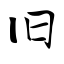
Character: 旧